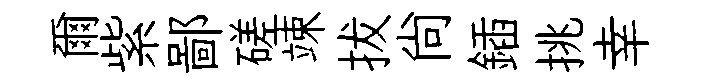
爾紫鄙磋竦拔尙鍤挑幸